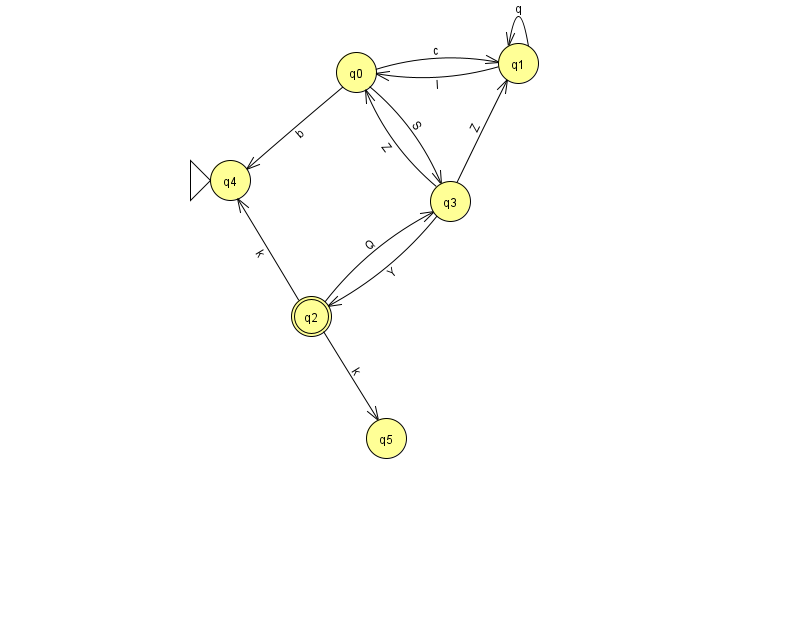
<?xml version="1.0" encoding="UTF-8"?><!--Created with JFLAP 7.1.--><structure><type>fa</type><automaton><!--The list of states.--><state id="0" name="q0"><x>356.0</x><y>59.0</y></state><state id="1" name="q1"><x>518.0</x><y>50.0</y></state><state id="2" name="q2"><x>311.0</x><y>303.0</y><final/></state><state id="3" name="q3"><x>450.0</x><y>188.0</y></state><state id="4" name="q4"><x>230.0</x><y>167.0</y><initial/></state><state id="5" name="q5"><x>386.0</x><y>425.0</y></state><!--The list of transitions.--><transition><from>1</from><to>1</to><read>q</read></transition><transition><from>3</from><to>1</to><read>Z</read></transition><transition><from>1</from><to>0</to><read>l</read></transition><transition><from>0</from><to>3</to><read>S</read></transition><transition><from>3</from><to>2</to><read>Y</read></transition><transition><from>2</from><to>4</to><read>k</read></transition><transition><from>0</from><to>4</to><read>b</read></transition><transition><from>0</from><to>1</to><read>c</read></transition><transition><from>2</from><to>3</to><read>Q</read></transition><transition><from>2</from><to>5</to><read>k</read></transition><transition><from>3</from><to>0</to><read>Z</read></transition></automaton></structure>